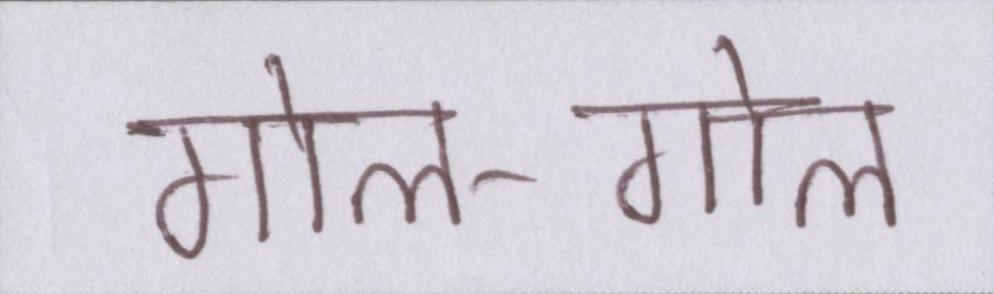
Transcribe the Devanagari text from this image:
गोल-गोल